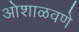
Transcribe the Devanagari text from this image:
ओशाळवणे